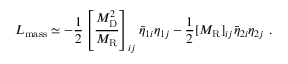
{ \cal { L } } _ { \mathrm { m a s s } } \simeq - \frac { 1 } { 2 } \left[ \frac { M _ { \mathrm { D } } ^ { 2 } } { M _ { \mathrm { R } } } \right] _ { i j } \bar { \eta } _ { 1 i } \eta _ { 1 j } - \frac { 1 } { 2 } [ M _ { \mathrm { R } } ] _ { i j } \bar { \eta } _ { 2 i } \eta _ { 2 j } ~ .